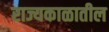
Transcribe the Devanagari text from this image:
राज्यकाळातील